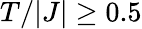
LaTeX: T/|J|\ge 0.5